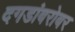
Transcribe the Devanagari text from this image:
दगडांबरोबर